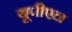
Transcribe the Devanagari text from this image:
यूपीएल